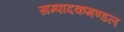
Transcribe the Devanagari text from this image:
सम्पादकमण्डल